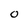
Character: 0